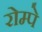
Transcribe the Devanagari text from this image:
रोम्पे